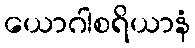
ယောဂါစရိယာနံ